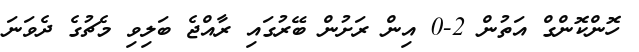
ހޮންކޮންގް އަތުން 2-0 އިން ރަށުން ބޭރުގައި ރާއްޖެ ބަލިވި މެޗުގެ ދެވަނަ